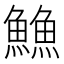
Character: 䲆